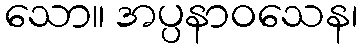
သော။ အပ္ပနာဝသေန၊